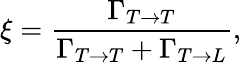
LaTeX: \xi=\frac{\Gamma_{T\rightarrow T}}{\Gamma_{T\rightarrow T}+\Gamma_{T\rightarrow L}},